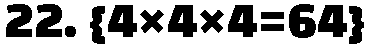
22. {4×4×4=64}